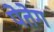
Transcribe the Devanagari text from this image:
पेतेग